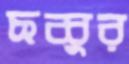
ছব্বুর